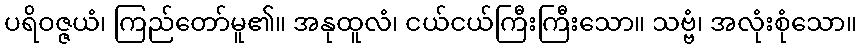
ပရိဝဇ္ဇယံ၊ ကြည်တော်မူ၏။ အနုထူလံ၊ ငယ်ငယ်ကြီးကြီးသော။ သဗ္ဗံ၊ အလုံးစုံသော။